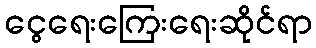
ငွေရေးကြေးရေးဆိုင်ရာ